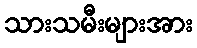
သားသမီးများအား